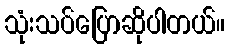
သုံးသပ်ပြောဆိုပါတယ်။